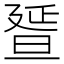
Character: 𣇇